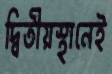
দ্বিতীয়স্থানেই